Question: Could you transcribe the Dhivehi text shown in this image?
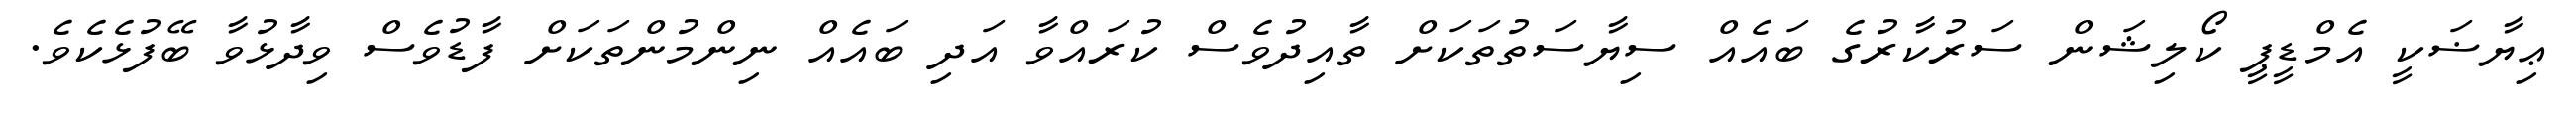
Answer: ޢިޔާޟަކީ އެމްޑީޕީ ކޯލިޝަން ސަރުކާރުގެ ބައެއް ސިޔާސަތުތަކަށް ތާއިދުވެސް ކުރައްވާ އަދި ބައެއް ނިންމުންތަކަށް ފާޑުވެސް ވިދާޅުވާ ބޭފުޅެކެވެ.